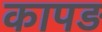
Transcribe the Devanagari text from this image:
कापड़